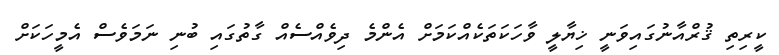
ކީރިތި ޤުރްއާނުގައިވަނީ ޚިޔާލީ ވާހަކަތަކެއްކަމަށް އެންމެ ދިވެއްސެއް ގާތުގައި ބުނި ނަމަވެސް އެމީހަކަށް